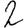
Digit: 2